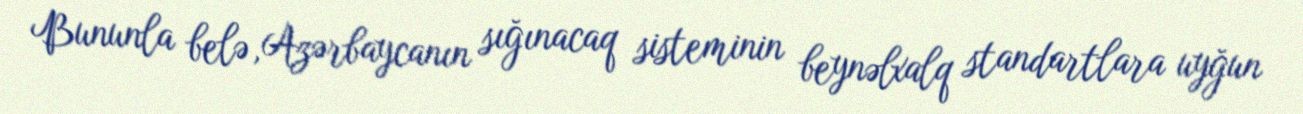
Bununla belə, Azərbaycanın sığınacaq sisteminin beynəlxalq standartlara uyğun